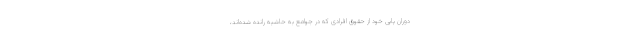
دوران پاپی خود از حقوق افرادی که در جوامع به حاشیه رانده شده‌اند،